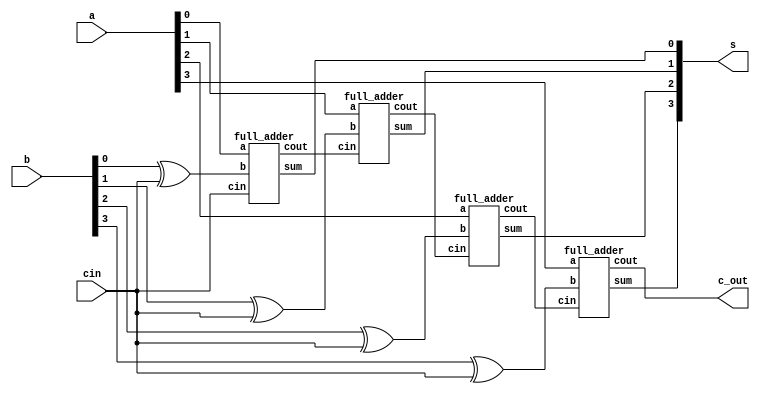
module ripple_carry_adder (
    input [3:0] a, b, input cin, output [3:0] s, output c_out
);
    wire c1, c2, c3, x0, x1, x2, x3;
    xor(x0, b[0], cin);
    xor(x1, b[1], cin);
    xor(x2, b[2], cin);
    xor(x3, b[3], cin);
    full_adder f1(.a(a[0]), .b(x0), .cin(cin), .sum(s[0]), .cout(c1));
    full_adder f2(.a(a[1]), .b(x1), .cin(c1), .sum(s[1]), .cout(c2));
    full_adder f3(.a(a[2]), .b(x2), .cin(c2), .sum(s[2]), .cout(c3));
    full_adder f4(.a(a[3]), .b(x3), .cin(c3), .sum(s[3]), .cout(c_out));
endmodule

module full_adder (
    input a, input b, input cin, output sum, output cout
);
   assign sum = a ^ b ^ cin;
   assign cout = (a & b) | (b & cin) | (cin & a); 
endmodule